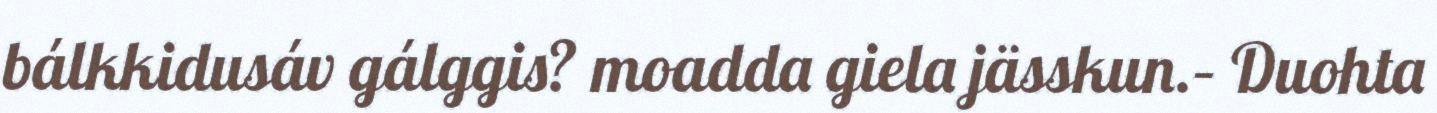
bálkkidusáv gálggis? moadda giela jässkun.– Duohta